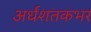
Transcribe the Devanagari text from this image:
अर्धशतकभर